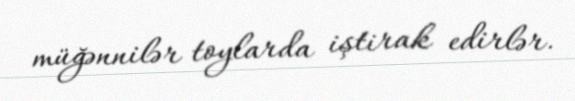
müğənnilər toylarda iştirak edirlər.